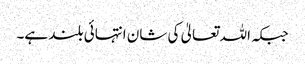
جبکہ اللہ تعالیٰ کی شان انتہائی بلند ہے۔